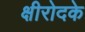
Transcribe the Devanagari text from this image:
क्षीरोदके